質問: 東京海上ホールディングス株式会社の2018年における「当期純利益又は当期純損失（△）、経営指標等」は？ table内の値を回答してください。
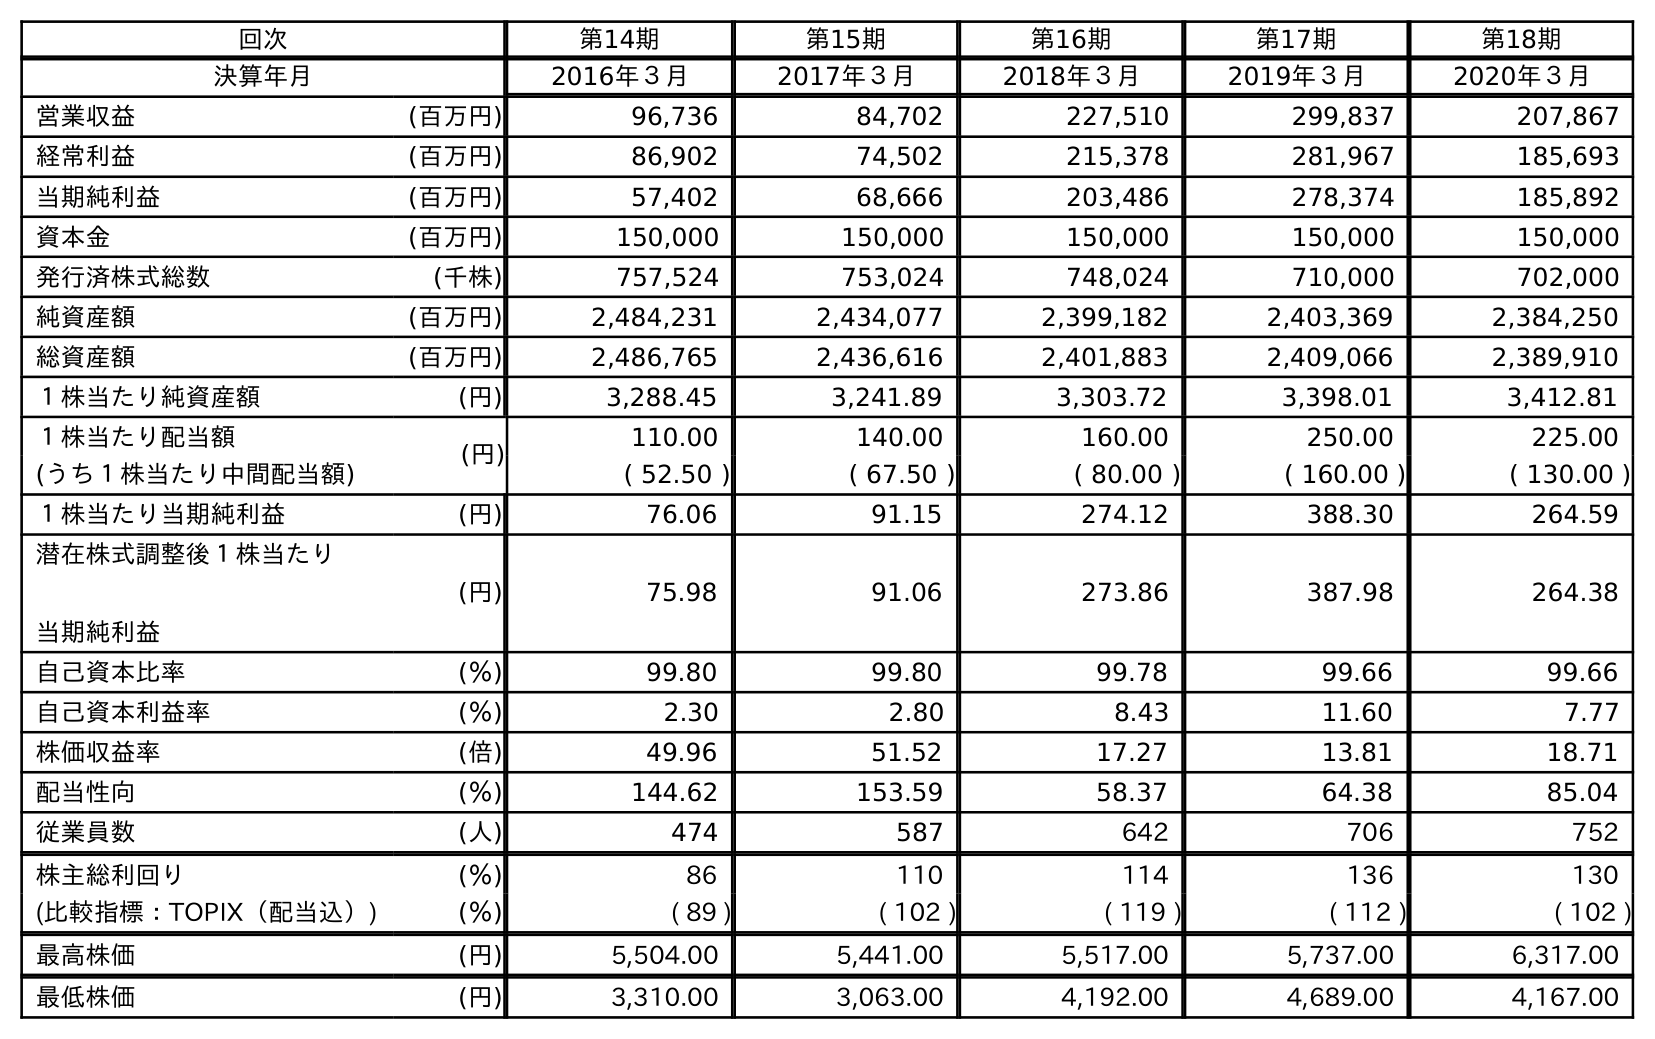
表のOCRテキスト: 回次 第14期 第15期 第16期 第17期 第18期 決算年月 2016年３月 2017年３月 2018年３月 2019年３月 2020年３月 営業収益 (百万円) 96,736 84,702 227,510 299,837 207,867 経常利益 (百万円) 86,902 74,502 215,378 281,967 185,693 当期純利益 (百万円) 57,402 68,666 203,486 278,374 185,892 資本金 (百万円) 150,000 150,000 150,000 150,000 150,000 発行済株式総数 (千株) 757,524 753,024 748,024 710,000 702,000 純資産額 (百万円) 2,484,231 2,434,077 2,399,182 2,403,369 2,384,250 総資産額 (百万円) 2,486,765 2,436,616 2,401,883 2,409,066 2,389,910 １株当たり純資産額 (円) 3,288.45 3,241.89 3,303.72 3,398.01 3,412.81 １株当たり配当額 (円) 110.00 140.00 160.00 250.00 225.00 (うち１株当たり中間配当額) ( 52.50 ) ( 67.50 ) ( 80.00 ) ( 160.00 ) ( 130.00 ) １株当たり当期純利益 (円) 76.06 91.15 274.12 388.30 264.59 潜在株式調整後１株当たり 当期純利益 (円) 75.98 91.06 273.86 387.98 264.38 自己資本比率 (％) 99.80 99.80 99.78 99.66 99.66 自己資本利益率 (％) 2.30 2.80 8.43 11.60 7.77 株価収益率 (倍) 49.96 51.52 17.27 13.81 18.71 配当性向 (％) 144.62 153.59 58.37 64.38 85.04 従業員数 (人) 474 587 642 706 752 株主総利回り (％) 86 110 114 136 130 (比較指標：TOPIX（配当込）) (％) ( 89 ) ( 102 ) ( 119 ) ( 112 ) ( 102 ) 最高株価 (円) 5,504.00 5,441.00 5,517.00 5,737.00 6,317.00 最低株価 (円) 3,310.00 3,063.00 4,192.00 4,689.00 4,167.00
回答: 203,486